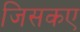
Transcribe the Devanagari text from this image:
जिसकए